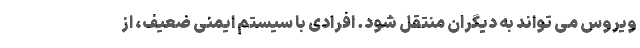
ویروس می تواند به دیگران منتقل شود. افرادی با سیستم ایمنی ضعیف، از